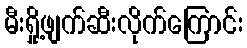
မီးရှို့ဖျက်ဆီးလိုက်ကြောင်း